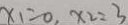
x _ { 1 } = 0 , x _ { 2 } = 3